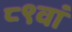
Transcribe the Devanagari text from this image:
८९वां